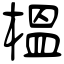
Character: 榲